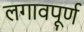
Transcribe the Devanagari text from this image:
लगावपूर्ण